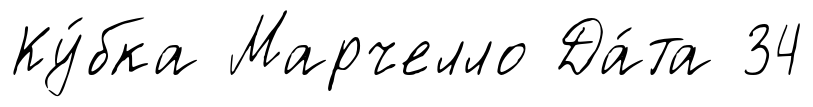
Ку́бка Марчелло Да́та 34